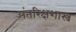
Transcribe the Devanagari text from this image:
अंतरिक्षशास्त्र